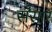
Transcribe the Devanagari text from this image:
सँसार